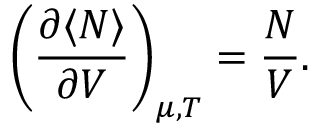
\left( { \frac { \partial \langle N \rangle } { \partial V } } \right) _ { \mu , T } = { \frac { N } { V } } .